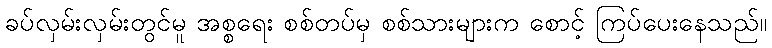
ခပ်လှမ်းလှမ်းတွင်မူ အစ္စရေး စစ်တပ်မှ စစ်သားများက စောင့် ကြပ်ပေးနေသည်။